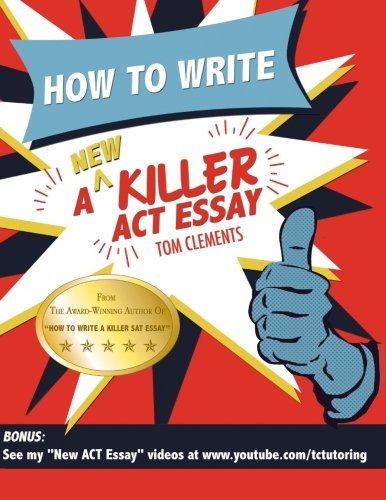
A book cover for How to Write a New Killer ACT Essay; tom clements; Test Preparation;